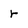
Character: r